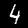
Digit: 4